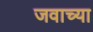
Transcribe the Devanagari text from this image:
जवाच्या